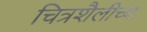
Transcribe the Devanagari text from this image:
चित्रशैलीच्य